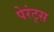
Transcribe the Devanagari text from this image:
पेरंट्स